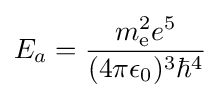
E_{a}={\frac {m_{\text{e}}^{2}e^{5}}{(4\pi \epsilon _{0})^{3}\hbar ^{4}}}